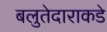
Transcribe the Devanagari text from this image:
बलुतेदाराकडे